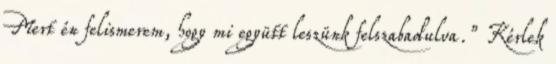
Mert én felismerem, hogy mi együtt leszünk felszabadulva.” Kérlek